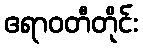
ဧရာဝတီတိုင်း